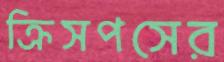
ক্রিসপসের